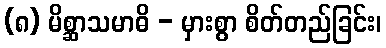
(၈) မိစ္ဆာသမာဓိ - မှားစွာ စိတ်တည်ခြင်း၊